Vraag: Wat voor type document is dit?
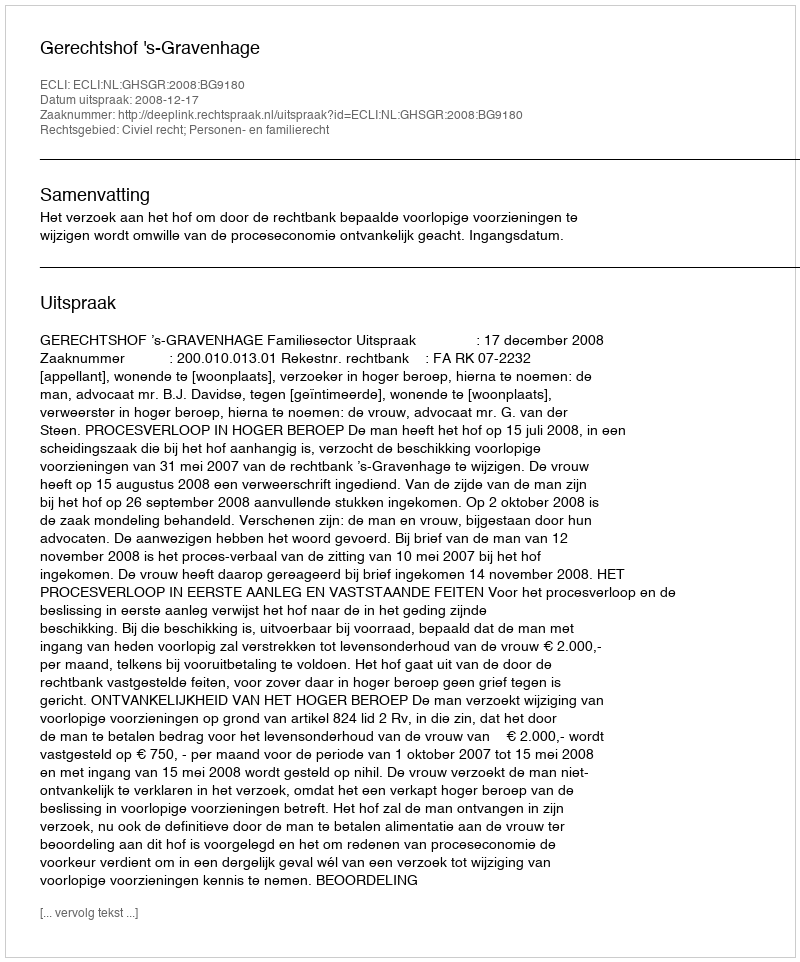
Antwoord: Uitspraak